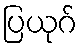
ပြယုဂ်